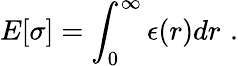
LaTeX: E[\sigma]=\int_{0}^{\infty}\epsilon(r)dr\, \, .